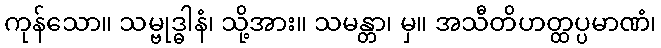
ကုန်သော။ သမ္ဗုဒ္ဓါနံ၊ သို့အား။ သမန္တာ၊ မှ။ အသီတိဟတ္ထပ္ပမာဏံ၊